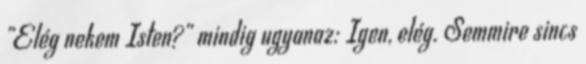
„Elég nekem Isten?” mindig ugyanaz: Igen, elég. Semmire sincs